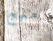
منهج